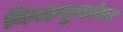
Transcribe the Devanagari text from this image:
निवडणुकांना